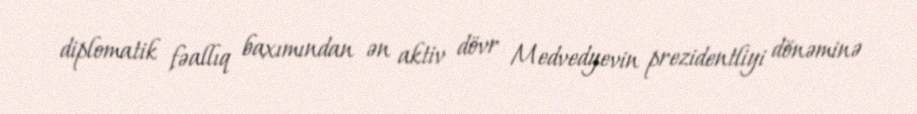
diplomatik fəallıq baxımından ən aktiv dövr Medvedyevin prezidentliyi dönəminə